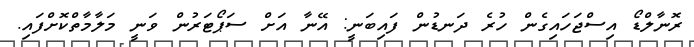
ރޮނާލްޑޯ އިސްޖަހައިގެން ހުރެ ދަނޑުން ފައިބަނީ: އޭނާ އަށް ސަޕޯޓަރުން ވަނީ މަލާމާތްކޮށްފައި.